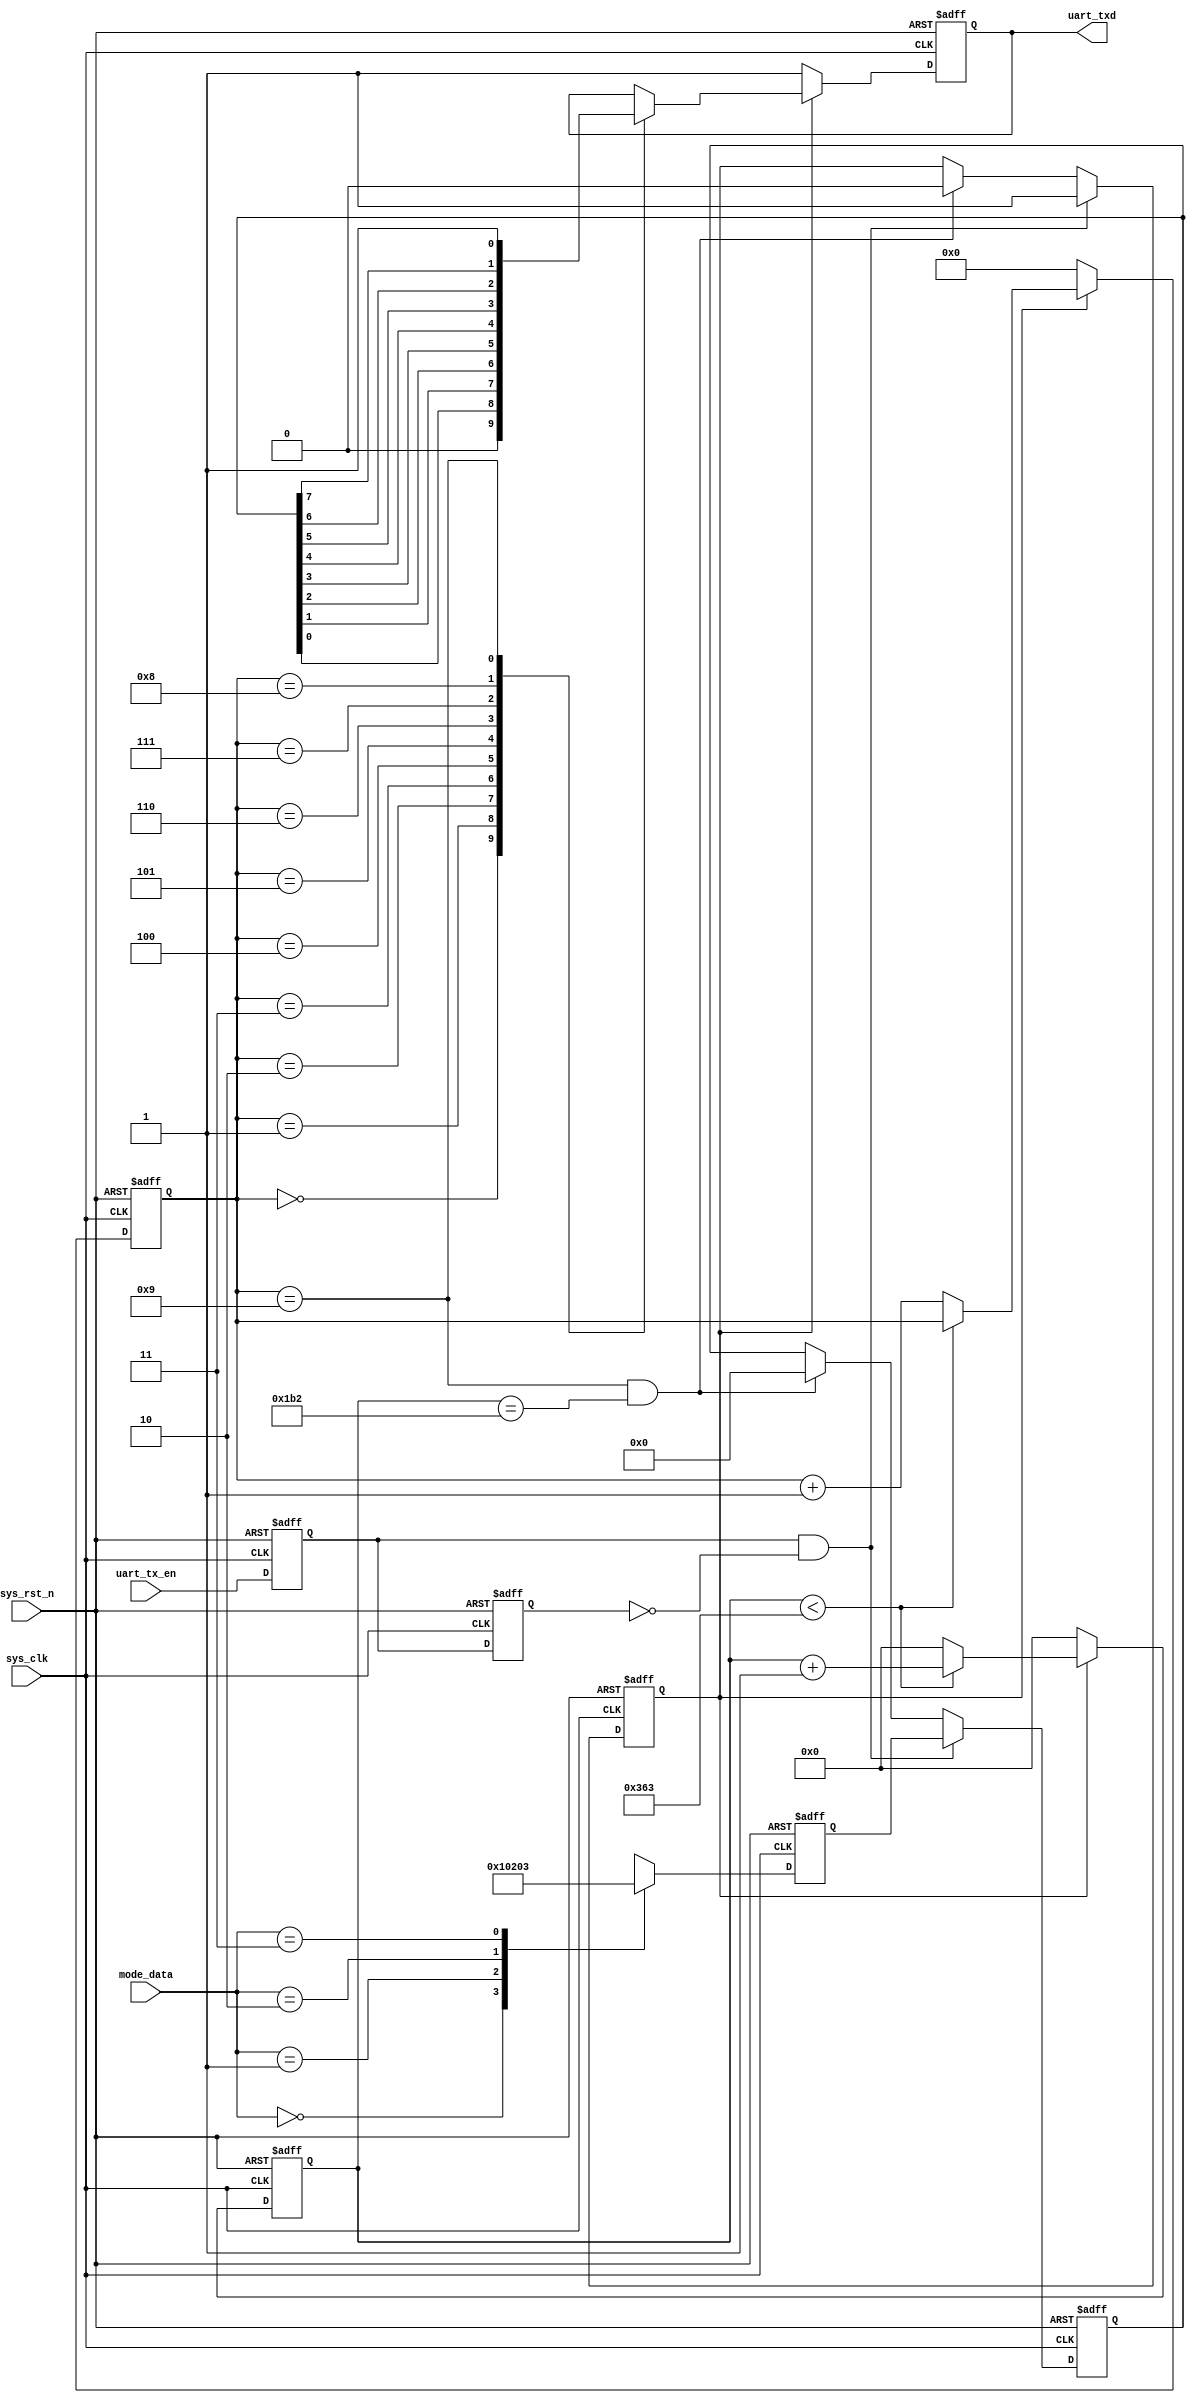
module uart_tx(
	input 				sys_clk,	//50M
	input 				sys_rst_n,	//
	input		[1:0] 	mode_data,	//
	input				uart_tx_en,	//
	output reg 			uart_txd	//
);
 
parameter 	SYS_CLK_FRE=100_000_000;    //100M 
parameter 	BPS=115_200;                 //15200bps
localparam	BPS_CNT=SYS_CLK_FRE/BPS;   //

reg [7:0]	uart_data;
reg			uart_tx_en_d0;			//1
reg 		uart_tx_en_d1;			//2
reg 		tx_flag;				//
reg [7:0]  	uart_data_reg;	//
reg [15:0] 	clk_cnt;			//
reg [3:0]  	tx_cnt;			//

wire 		pos_uart_en_txd;		//
//
assign pos_uart_en_txd= uart_tx_en_d0 && (~uart_tx_en_d1);

// 
always @(posedge sys_clk or negedge sys_rst_n) begin
	if(!sys_rst_n) begin
		uart_data <= 1'b1;
	end
	else begin
		case (mode_data)
			2'd0 : uart_data <= 8'h0;
			2'd1 : uart_data <= 8'h1;
			2'd2 : uart_data <= 8'h2;
			2'd3 : uart_data <= 8'h3;
			default: uart_data <= 8'h4;
		endcase
	end
end
// 
always @(posedge sys_clk or negedge sys_rst_n)begin
	if(!sys_rst_n)begin
		uart_tx_en_d0<=1'b0;
		uart_tx_en_d1<=1'b0;		
	end
	else begin
		uart_tx_en_d0<=uart_tx_en;
		uart_tx_en_d1<=uart_tx_en_d0;
	end	
end
//9
always @(posedge sys_clk or negedge sys_rst_n)begin
	if(!sys_rst_n)begin
		tx_flag<=1'b0;
		uart_data_reg<=8'd0;
	end
	else if(pos_uart_en_txd)begin
		uart_data_reg<=uart_data;
		tx_flag<=1'b1;
	end
	else if((tx_cnt==4'd9) && (clk_cnt==BPS_CNT/2))begin//9
		tx_flag<=1'b0;
		uart_data_reg<=8'd0;
	end
	else begin
		uart_data_reg<=uart_data_reg;
		tx_flag<=tx_flag;	
	end
end
//BPS_CNT1
always @(posedge sys_clk or negedge sys_rst_n)begin
	if(!sys_rst_n)begin
		clk_cnt<=16'd0;
		tx_cnt <=4'd0;
	end
	else if(tx_flag) begin
		if(clk_cnt<BPS_CNT-1)begin
			clk_cnt<=clk_cnt+1'b1;
			tx_cnt <=tx_cnt;
		end
		else begin
			clk_cnt<=16'd0;
			tx_cnt <=tx_cnt+1'b1;
		end
	end
	else begin
		clk_cnt<=16'd0;
		tx_cnt<=4'd0;
	end
end
//
always @(posedge sys_clk or negedge sys_rst_n)begin
	if(!sys_rst_n)
		uart_txd<=1'b1;
	else if(tx_flag)
		case(tx_cnt)
			4'd0:	uart_txd<=1'b0;
			4'd1:	uart_txd<=uart_data_reg[0];
			4'd2:	uart_txd<=uart_data_reg[1];
			4'd3:	uart_txd<=uart_data_reg[2];
			4'd4:	uart_txd<=uart_data_reg[3];
			4'd5:	uart_txd<=uart_data_reg[4];
			4'd6:	uart_txd<=uart_data_reg[5];
			4'd7:	uart_txd<=uart_data_reg[6];
			4'd8:	uart_txd<=uart_data_reg[7];
			4'd9:	uart_txd<=1'b1;
			default:;
		endcase
	else 	
		uart_txd<=1'b1;
end
endmodule